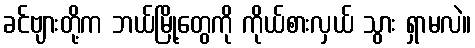
ခင်ဗျားတို့က ဘယ်မြို့တွေကို ကိုယ်စားလှယ် သွား ရှာမလဲ။